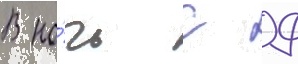
В но́чь с 9